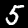
Digit: 5